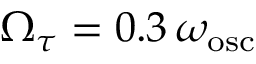
\Omega _ { \tau } = 0 . 3 \, \omega _ { \mathrm { o s c } }